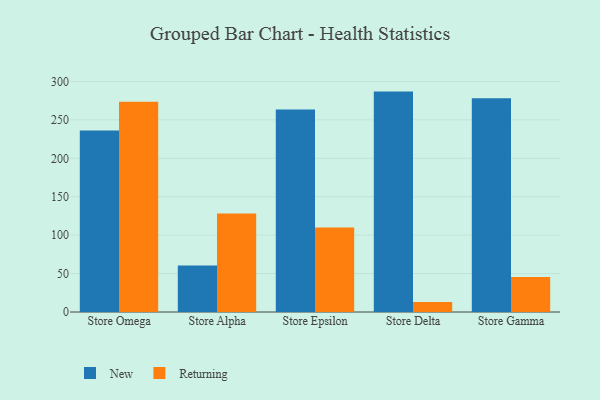
{"axis": {"x": "Store", "y": "Backlog"}, "legend": ["New", "Returning"], "data": [{"x": "Store Omega", "y": 236.1, "type": "New"}, {"x": "Store Omega", "y": 273.5, "type": "Returning"}, {"x": "Store Alpha", "y": 60.5, "type": "New"}, {"x": "Store Alpha", "y": 128.2, "type": "Returning"}, {"x": "Store Epsilon", "y": 263.5, "type": "New"}, {"x": "Store Epsilon", "y": 110.0, "type": "Returning"}, {"x": "Store Delta", "y": 286.8, "type": "New"}, {"x": "Store Delta", "y": 13.0, "type": "Returning"}, {"x": "Store Gamma", "y": 278.2, "type": "New"}, {"x": "Store Gamma", "y": 45.6, "type": "Returning"}]}